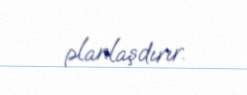
planlaşdırır.